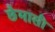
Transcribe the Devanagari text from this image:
छैमासी